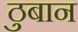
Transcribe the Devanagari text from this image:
ठुबान